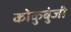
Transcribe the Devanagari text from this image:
कोकुबुंजी